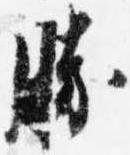
勝